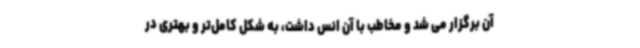
آن برگزار می شد و مخاطب با آن انس داشت، به شکل کامل‌تر و بهتری در